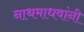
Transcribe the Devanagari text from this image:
नाथमाधवांनी